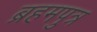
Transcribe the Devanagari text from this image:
ब्रहमपुत्र